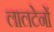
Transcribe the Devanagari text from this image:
लालटेनों